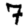
Digit: 7